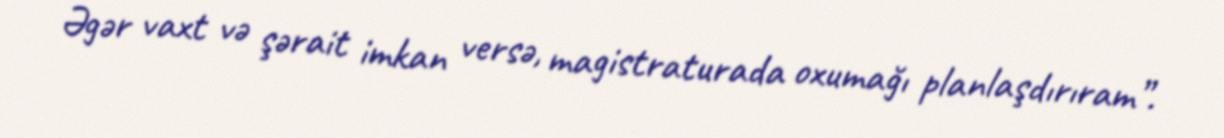
Əgər vaxt və şərait imkan versə, magistraturada oxumağı planlaşdırıram”.